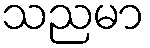
သညမာ